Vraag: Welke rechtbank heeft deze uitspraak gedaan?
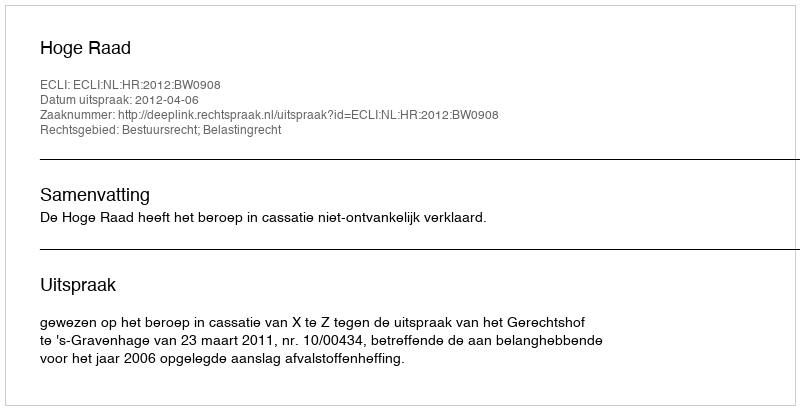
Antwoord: Hoge Raad